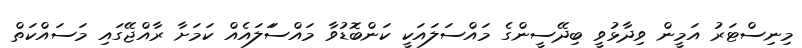
މިނިސްޓަރު އަމީން ވިދާޅުވީ ބިދޭސީންގެ މައްސަލައަކީ ކަންބޮޑުވާ މައްސަަލައެއް ކަމަށާ ރާއްޖޭގައި މަސައްކަތް